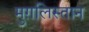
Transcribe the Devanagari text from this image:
मुग़लिस्तान